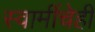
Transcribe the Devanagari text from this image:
स्वामींचेही